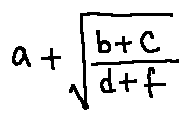
a + \sqrt { \frac { b + c } { d + f } }